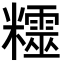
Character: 𥽛